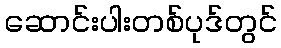
ဆောင်းပါးတစ်ပုဒ်တွင်